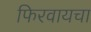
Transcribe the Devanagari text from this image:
फिरवायचा